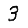
Digit: 3